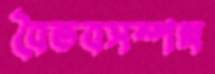
বৈভবসম্পন্ন